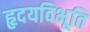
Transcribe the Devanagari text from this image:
हृदयविभूति